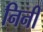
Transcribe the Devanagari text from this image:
निनी